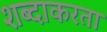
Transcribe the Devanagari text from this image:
शब्दाकरता